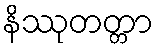
နိဿုတတ္တာ